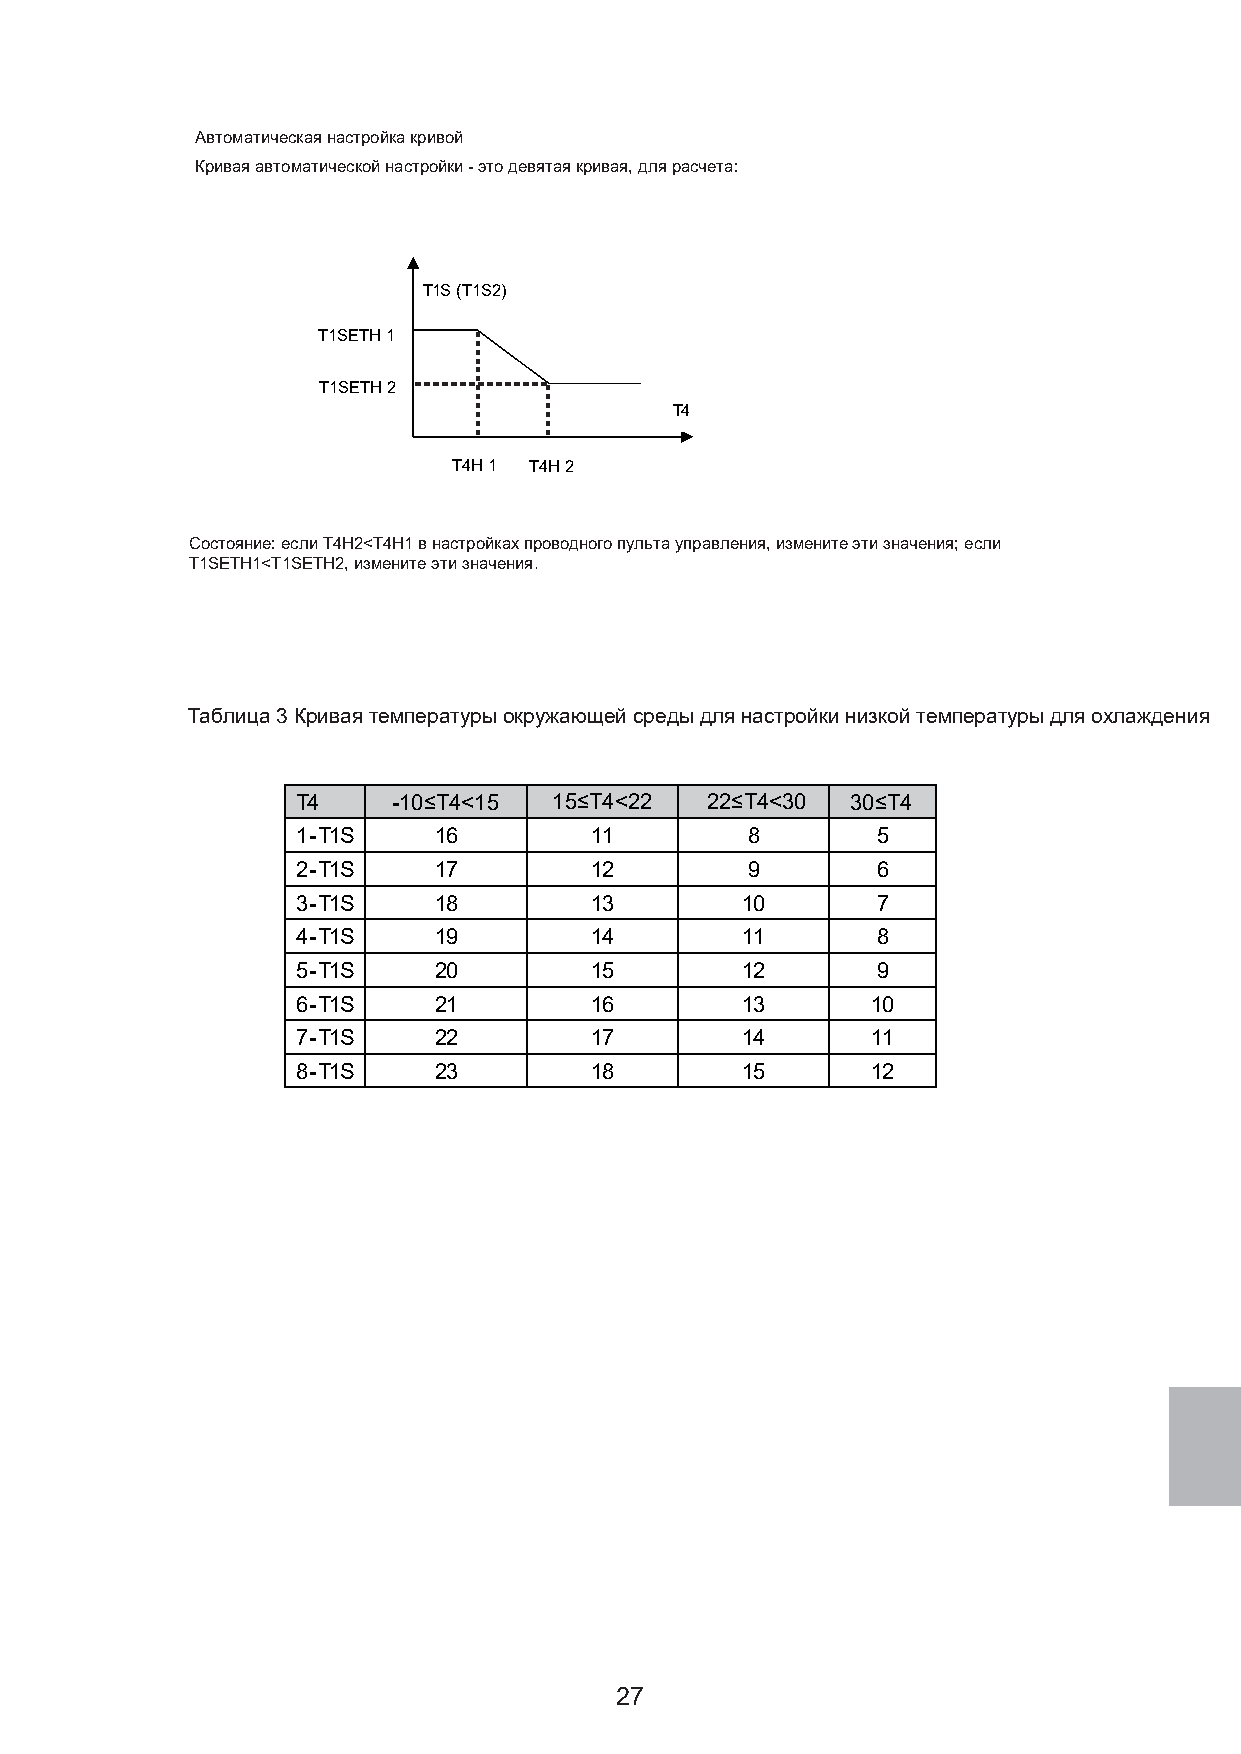
Автоматическая настройка кривой
 Кривая автоматической настройки - это девятая кривая, для расчета:
 T1S (T1S2)
 T1SETH 1
 T1SETH 2
 T4
 T4H 1 T4H 2
 Состояние: если T4H2<T4H1 в настройках проводного пульта управления, измените эти значения; если
 T1SETH1<T1SETH2, измените эти значения.
 Таблица 3 Кривая температуры окружающей среды для настройки низкой температуры для охлаждения
 T4    -10≤T4<15  15≤T4<22  22≤T4<30 30≤T4
 1-T1S    16        11        8        5
 2-T1S    17        12        9        6
 3-T1S    18        13        10       7
 4-T1S    19        14        11       8
 5-T1S    20        15        12       9
 6-T1S    21        16        13       10
 7-T1S    22        17        14       11
 8-T1S    23        18        15       12
 27